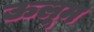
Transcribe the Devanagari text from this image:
ऊलूम